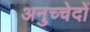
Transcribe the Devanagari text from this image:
अनुच्चेदों